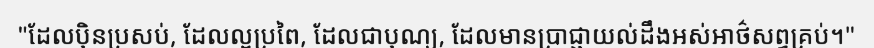
"ដែលប៉ិនប្រសប់, ដែលល្អប្រពៃ, ដែលជាបុណ្យ, ដែលមានប្រាជ្ញាយល់ដឹងអស់អាថ៌សព្វគ្រប់។"